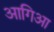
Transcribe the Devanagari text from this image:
आगिआ